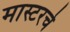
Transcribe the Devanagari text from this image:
मास्टरचे